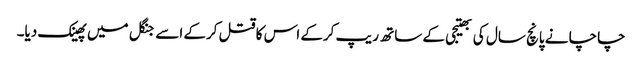
چاچا نے پانچ سال کی بھتیجی کے ساتھ ریپ کرکے اس کا قتل کرکے اسے جنگل میں پھینک دیا۔